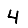
Digit: 4